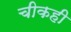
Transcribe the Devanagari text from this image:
चीकही